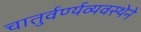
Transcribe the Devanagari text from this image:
चातुर्वर्ण्यव्यवस्थेने